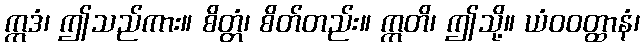
ဣဒံ၊ ဤသည်ကား။ စိတ္တံ၊ စိတ်တည်း။ ဣတိ၊ ဤသို့။ ယံဝဝတ္ထာနံ၊